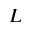
L